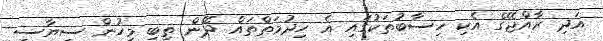
އަދި ރާއްޖޭގެ އެކި ހިސާބުތަކުގައި އެ ހިދުމަތްތައް ދޭން ތިބި މީހުން ސިޔާސީ